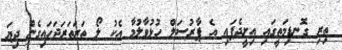
ތިރި ގޮނޑިމަތީގައި އިށީދެފައި އެ ޕާރުސަލް ހުޅުވާލުމާ އެކު ލޯ ތަރަތަރަޖަހައިގެން ދިޔަ